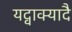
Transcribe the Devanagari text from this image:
यद्वाक्यादै